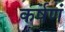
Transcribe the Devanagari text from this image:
कर्षणं